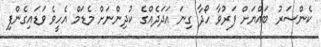
ކެންސަރު ބައްޔަށް ފަރުވާ ހޯދާ ގިނަ އަދަދެއްގެ ކުދިންނަށް މެޑަމް އެހީވެ ވަޑައިގެންފި